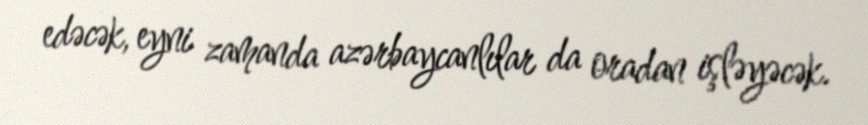
edəcək, eyni zamanda azərbaycanlılar da oradan işləyəcək.